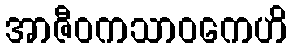
အာဇီဝကသာဝကေဟိ